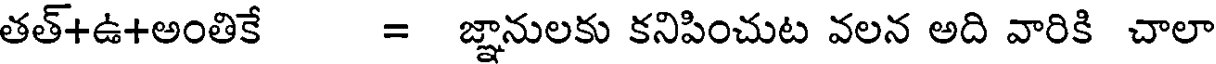
తత్+ఉ+అంతికే = జ్ఞానులకు కనిపించుట వలన అది వారికి చాలా